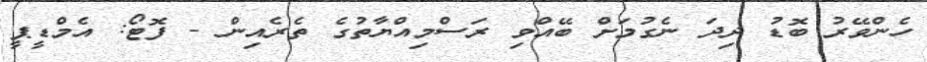
ހެންވޭރު ބޮޑު ދިދަ ނެގުމަށް ބޭއްވި ރަސްމިއްޔާތުގެ ތެރެއިން - ފޮޓޯ: އެމްޑީޕީ